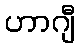
ဟာဂျီ